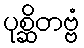
ပုစ္ဆိတဗ္ဗံ